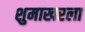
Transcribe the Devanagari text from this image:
शुमाखरला